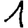
Digit: 1